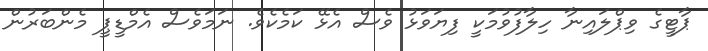
ޕާޓީގެ ވިޕްލައިނާ ހިލާފުވުމަކީ ފިޔަވަޅު ވެސް އެޅޭ ކަމެކެވެ. ނަމަވެސް އެމްޑީޕީ މެންބަރުން